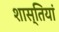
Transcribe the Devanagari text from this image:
शास्तियां